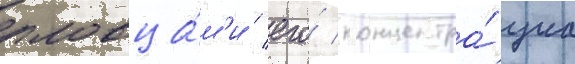
пловца́м'и / его́ концентра́циа